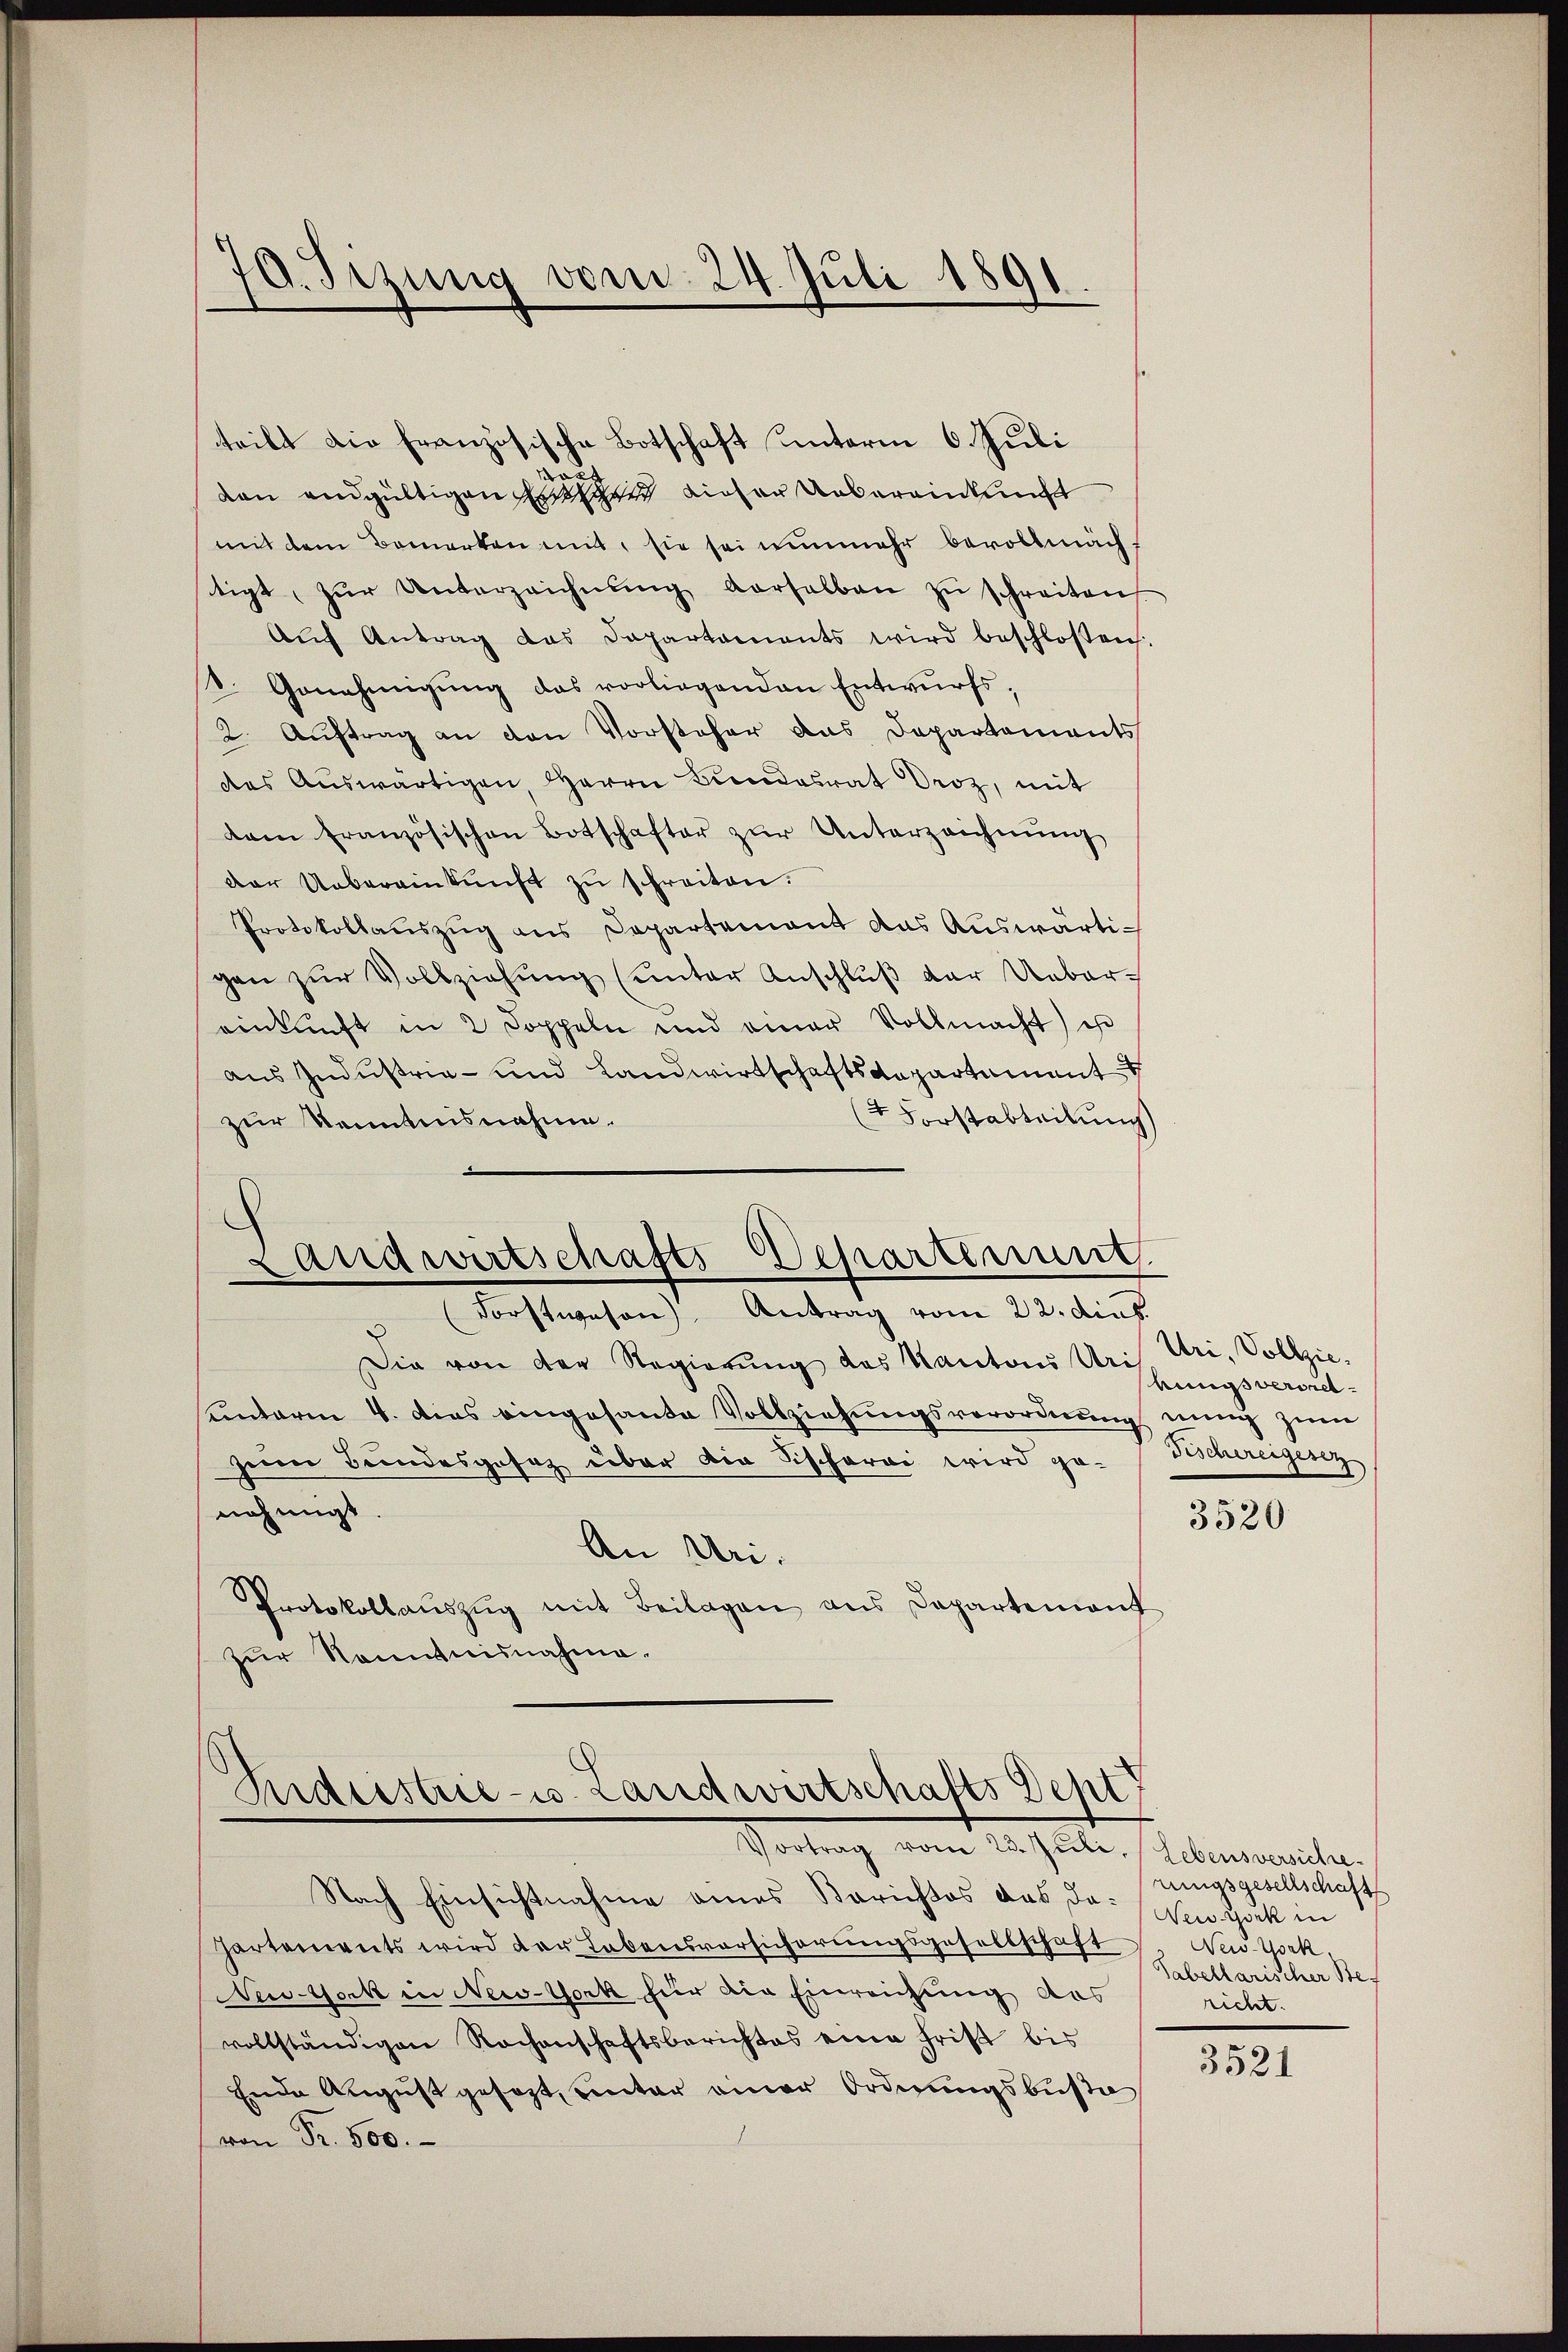
19. Sizung vom 24. Juli 1891.

teilt die französische Botschaft unterm 6. Juli
dan endgültigen sind dieser Uebereinkunft
mit dem Bemerken mit, sie sei nunmehr bevollmächtigt, zŭr Unterzeichnŭng verselben zŭ schreiten
Aŭch Antrag das Departaments wird beschloßen:
1. Genehmigŭng das vorliegenden Entwurfs-
2. Auftrag an den Vorsteher das Departements
des Aŭswärtigen Herrn Bundesrat Droz, mit
dam französischen Botschafter zŭr Unterzeichnŭng
der Uebereinkunft zu schreiten.
Protokollauszug aus Departement das Auswärtigen zŭr Vollziehung (unter Anschluß der Ueber-
einkunft in 2 Doppeln und einer Vollmacht ist
aus Industria- und Landwirtschaftsdepartament
t Forstabteilung
zur Kenntnisnahme.
Separtenung.
Landwirtschafts
Forstwesen Antrag vom 22. dies.
Die von der Regierung des Kantons Uri
sunterim 4. dies eingesante Vollziehungsverordnung innig zum
zum Bundesgesaz über die Sischerei wird ge-Zschereigenz
nehmigt
An Uri.
Protokollaŭszŭg mit Beilagen ans Departement
zur Kenntnisnahme.

Indesstrie - Landwirtschafts Dept
Vortrag vom 23. Juli, Lebensversiche

Nach Einsichtnahme eines Berichtes das da. New York in
hartements wird der Lebensversicherungsgesellschaft
New-York in New-York für die Einreichung des
vollständigen Rochenschaftsberichtes eine Frist bis
Ende August gesezt, unter einer Ordnungsbuße
von Fr. 500.

Uri, Vollzie
hungsverset

3520

rungsgesellschaft
New-York,
Tabellarischer Bericht.

3521